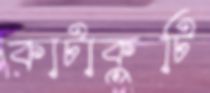
কাটাকুটি